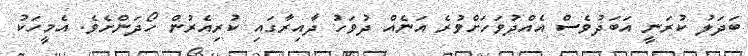
ބަދަލު ކުރަނީ އަބަދުވެސް އެއްދުވަހަށްވުރެ އަނެއް ދުވަހު ދާއިރާގައި ކުރިއެރުން ހޯދަންށެވެ. އެމީހަކު